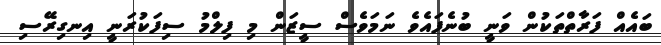
ބައެއް ފަރާތްތަކުން ވަނީ ބުނެފައެވެ ނަމަވެސް ސީޒަން މި ފިލްމު ސިފަކުރަނީ އިނގިރޭސި